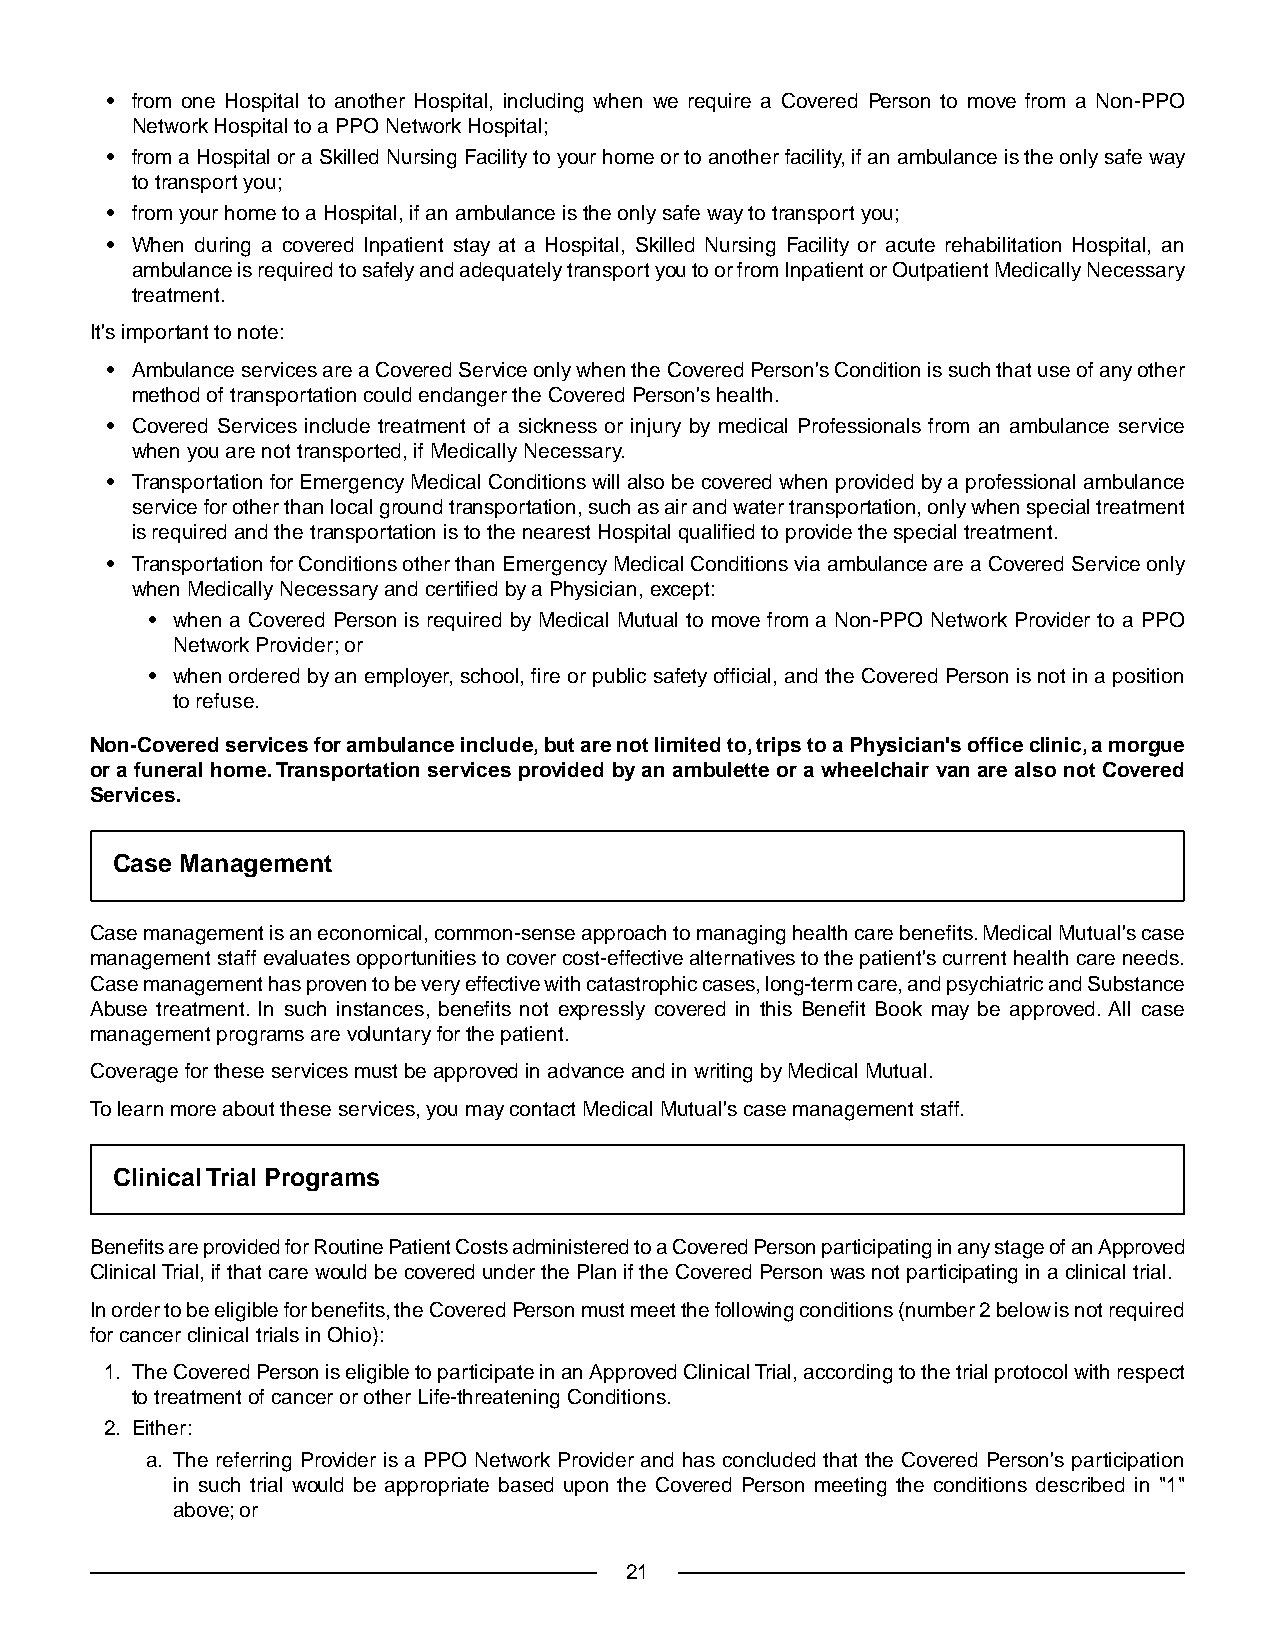
• from one Hospital to another Hospital, including when we require a Covered Person to move from a Non-PPO
 Network Hospital to a PPO Network Hospital;
 • from a Hospital or a Skilled Nursing Facility to your home or to another facility, if an ambulance is the only safe way
 to transport you;
 • from your home to a Hospital, if an ambulance is the only safe way to transport you;
 • When during a covered Inpatient stay at a Hospital, Skilled Nursing Facility or acute rehabilitation Hospital, an
 ambulance is required to safely and adequately transport you to or from Inpatient or Outpatient Medically Necessary
 treatment.
 It's important to note:
 • Ambulance services are a Covered Service only when the Covered Person's Condition is such that use of any other
 method of transportation could endanger the Covered Person's health.
 • Covered Services include treatment of a sickness or injury by medical Professionals from an ambulance service
 when you are not transported, if Medically Necessary.
 • Transportation for Emergency Medical Conditions will also be covered when provided by a professional ambulance
 service for other than local ground transportation, such as air and water transportation, only when special treatment
 is required and the transportation is to the nearest Hospital qualified to provide the special treatment.
 • Transportation for Conditions other than Emergency Medical Conditions via ambulance are a Covered Service only
 when Medically Necessary and certified by a Physician, except:
 • when a Covered Person is required by Medical Mutual to move from a Non-PPO Network Provider to a PPO
 Network Provider; or
 • when ordered by an employer, school, fire or public safety official, and the Covered Person is not in a position
 to refuse.
 Non-Covered services for ambulance include, but are not limited to, trips to a Physician's office clinic, a morgue
 or a funeral home.Transportation services provided by an ambulette or a wheelchair van are also not Covered
 Services.
 Case Management
 Case management is an economical, common-sense approach to managing health care benefits. Medical Mutual's case
 management staff evaluates opportunities to cover cost-effective alternatives to the patient's current health care needs.
 Case management has proven to be very effective with catastrophic cases, long-term care, and psychiatric and Substance
 Abuse treatment. In such instances, benefits not expressly covered in this Benefit Book may be approved. All case
 management programs are voluntary for the patient.
 Coverage for these services must be approved in advance and in writing by Medical Mutual.
 To learn more about these services, you may contact Medical Mutual's case management staff.
 Clinical Trial Programs
 Benefits are provided for Routine Patient Costs administered to a Covered Person participating in any stage of an Approved
 Clinical Trial, if that care would be covered under the Plan if the Covered Person was not participating in a clinical trial.
 In order to be eligible for benefits, the Covered Person must meet the following conditions (number 2 below is not required
 for cancer clinical trials in Ohio):
 1. The Covered Person is eligible to participate in an Approved Clinical Trial, according to the trial protocol with respect
 to treatment of cancer or other Life-threatening Conditions.
 2. Either:
 a. The referring Provider is a PPO Network Provider and has concluded that the Covered Person's participation
 in such trial would be appropriate based upon the Covered Person meeting the conditions described in "1"
 above; or
 21